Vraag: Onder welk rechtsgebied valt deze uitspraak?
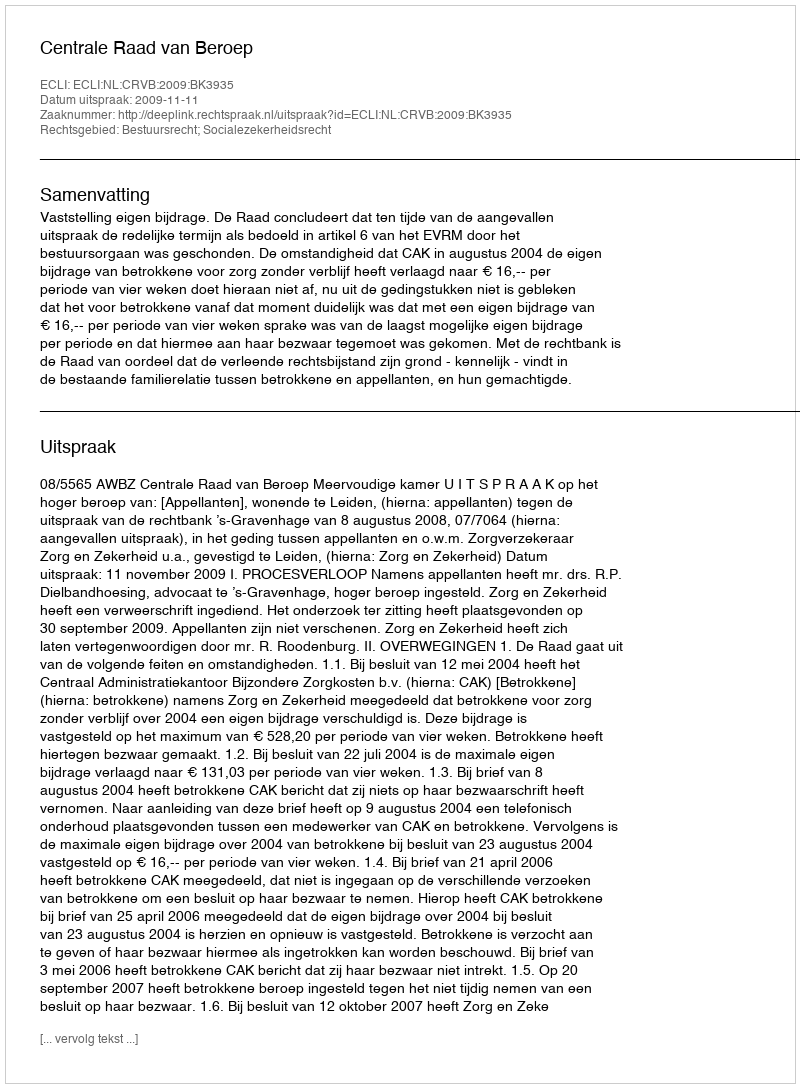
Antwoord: Bestuursrecht; Socialezekerheidsrecht